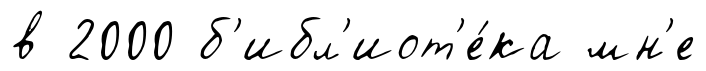
в 2000 б'ибл'иот'е́ка мн'е